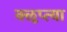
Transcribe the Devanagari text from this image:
क्‍ऌप्‍त्या